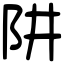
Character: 阱